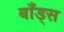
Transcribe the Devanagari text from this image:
बाँड्स